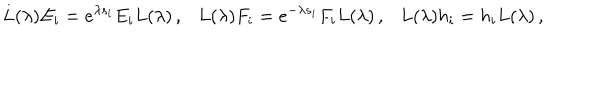
LaTeX: L ( \lambda ) E _ { i } = e ^ { \lambda s _ { i } } E _ { i } L ( \lambda ) \, , L ( \lambda ) F _ { i } = e ^ { - \lambda s _ { i } } F _ { i } L ( \lambda ) \, , L ( \lambda ) h _ { i } = h _ { i } L ( \lambda ) \, ,